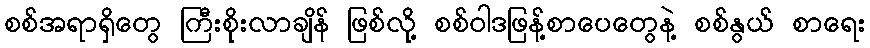
စစ်အရာရှိတွေ ကြီးစိုးလာချိန် ဖြစ်လို့ စစ်ဝါဒဖြန့်စာပေတွေနဲ့ စစ်နွယ် စာရေး